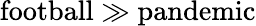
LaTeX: \mathrm{football}\gg\mathrm{pandemic}